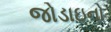
જોડાઇનો